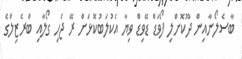
ބާސެލޯނާއިން ދޫކޮށްލި ފޯވަޑް ޑޭވިޑް ވިޔާ އެކުލަބުކޮޅަށް ރޭ ޖެހި ގޯލާއި ބްރެޒިލްގެ